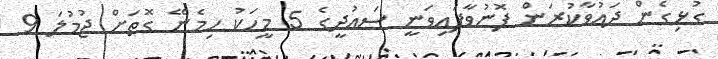
ގުޅިގެން ދައުވާކުރަން ފޮނުވާފައިވަނީ ސައުދީގެ 5 މީހަކު ހިމެނޭ ގޮތަށް ޖުމުލަ 9